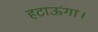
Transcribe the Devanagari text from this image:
हटाऊंगा।